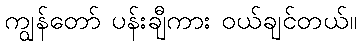
ကျွန်တော် ပန်းချီကား ဝယ်ချင်တယ်။